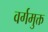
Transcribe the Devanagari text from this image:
वर्गमुक्त